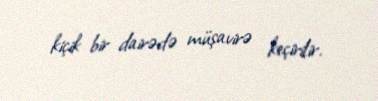
kiçik bir dairədə müşavirə keçirilir.